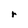
Character: r